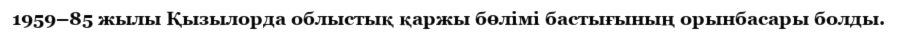
1959–85 жылы Қызылорда облыстық қаржы бөлімі бастығының орынбасары болды.